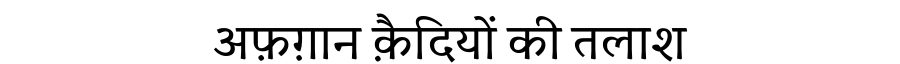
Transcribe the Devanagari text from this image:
अफ़ग़ान क़ैदियों की तलाश